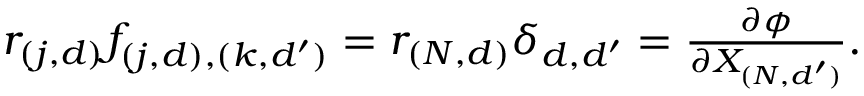
\begin{array} { r } { r _ { ( j , d ) } f _ { ( j , d ) , ( k , d ^ { \prime } ) } = r _ { ( N , d ) } \delta _ { d , d ^ { \prime } } = \frac { \partial \phi } { \partial X _ { ( N , d ^ { \prime } ) } } . } \end{array}